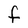
Character: F